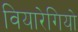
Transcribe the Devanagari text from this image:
वियारेगियो